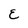
Character: E